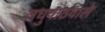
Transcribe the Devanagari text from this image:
लघुपाठवाले